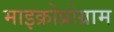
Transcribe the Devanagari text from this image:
माइक्रोप्रोग्राम